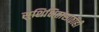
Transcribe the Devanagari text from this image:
सुशिक्षितांसाठीही